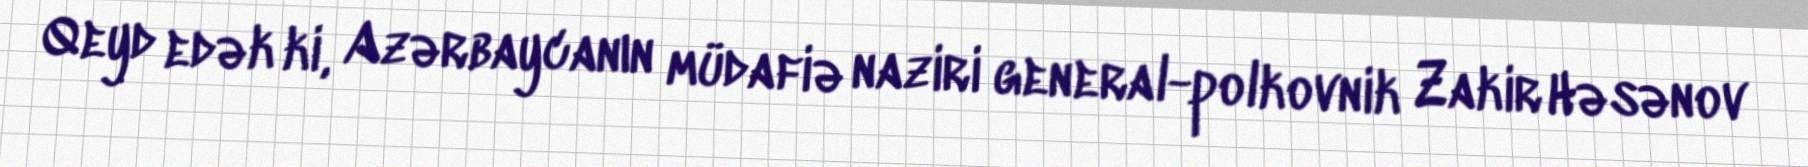
Qeyd edək ki, Azərbaycanın müdafiə naziri general-polkovnik Zakir Həsənov